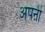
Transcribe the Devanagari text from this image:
अपऩी